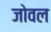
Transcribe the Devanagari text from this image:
जोवल